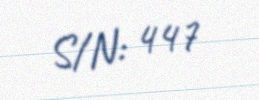
S/N: 447